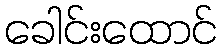
ခေါင်းထောင်